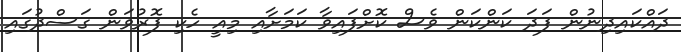
ދައްކައިދިނުން ފަދަ ކަންކަން ވެސް ކޮށްފައިވާ ކަމަށާއި މިއީ ހެކި ފޮރުވަން ގަސްދުގައި